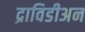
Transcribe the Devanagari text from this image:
द्राविडीअन